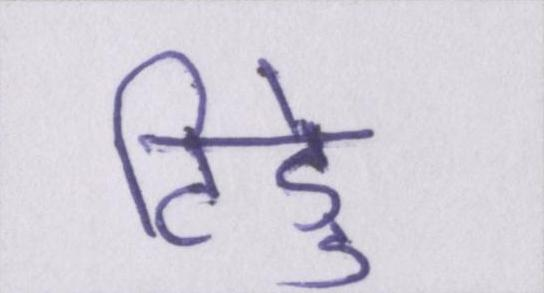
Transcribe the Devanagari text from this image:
टिड्डे